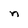
Character: n